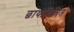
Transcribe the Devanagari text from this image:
छायाचित्रित